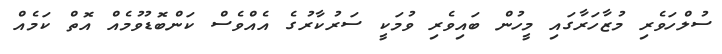
ސުލްހަވެރި މުޒާހަރާގައި މީހުން ބައިވެރި ވުމަކީ ސަރުކާރުގެ އެއްވެސް ކަންބޮޑުވުމެއް އޮތް ކަމެއް